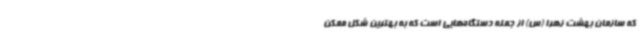
که سازمان بهشت زهرا (س) از جمله دستگاه‌هایی است که به بهترین شکل ممکن